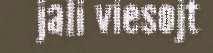
jali viesojt